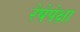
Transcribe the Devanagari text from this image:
रेषेपेक्षा